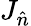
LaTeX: J_{\hat{n}}